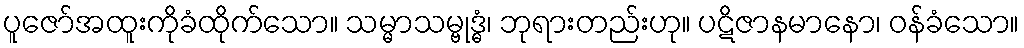
ပူဇော်အထူးကိုခံထိုက်သော။ သမ္မာသမ္ဗုဒ္ဓံ၊ ဘုရားတည်းဟု။ ပဋိဇာနမာနော၊ ဝန်ခံသော။